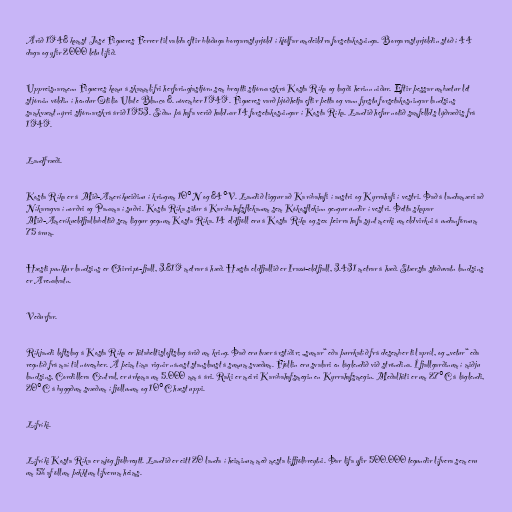
Árið 1948 komst José Figueres Ferrer til valda eftir blóðuga borgarastyrjöld í kjölfar umdeildra forsetakosninga. Borgarastyrjöldin stóð í 44
daga og yfir 2000 létu lífið.

Uppreisnarmenn Figueres komu á skammlífri herforingjastjórn sem breytti stjórnarskrá Kosta Ríka og lagði herinn niður. Eftir þessar umbætur lét
stjórnin völdin í hendur Otilio Ulate Blanco 8. nóvember 1949. Figueres varð þjóðhetja eftir þetta og vann fyrstu forsetakosningar landsins
samkvæmt nýrri stjórnarskrá árið 1953. Síðan þá hafa verið haldnar 14 forsetakosningar í Kosta Ríka. Landið hefur notið samfellds lýðræðis frá
1949.

Landfræði.

Kosta Ríka er á Mið-Ameríkueiðinu í kringum 10°N og 84°V. Landið liggur að Karíbahafi í austri og Kyrrahafi í vestri. Það á landamæri að
Níkaragva í norðri og Panama í suðri. Kosta Ríka situr á Karíbahafsflekanum sem Kókosflekinn gengur undir í vestri. Þetta skapar
Mið-Ameríkueldfjallabeltið sem liggur gegnum Kosta Ríka. 14 eldfjöll eru á Kosta Ríka og sex þeirra hafa sýnt merki um eldvirkni á undanförnum
75 árum.

Hæsti punktur landsins er Chirripó-fjall, 3.819 metrar á hæð. Hæsta eldfjallið er Irazú-eldfjall, 3.431 metrar á hæð. Stærsta stöðuvatn landsins
er Arenalvatn.

Veðurfar.

Ríkjandi loftslag á Kosta Ríka er hitabeltisloftslag árið um kring. Það eru tvær árstíðir; „sumar“ eða þurrkatíð frá desember til apríl, og „vetur“ eða
regntíð frá maí til nóvember. Á þeim tíma rignir nánast stanslaust á sumum svæðum. Fjöllin eru svalari en láglendið við ströndina. Í fjallgarðinum í miðju
landsins, Cordillera Central, er úrkoma um 5.000 mm á ári. Raki er meiri Karíbahafsmegin en Kyrrahafsmegin. Meðalhiti er um 27°C á láglendi,
20°C á byggðum svæðum í fjöllunum og 10°C hæst uppi.

Lífríki.

Lífríki Kosta Ríka er mjög fjölbreytt. Landið er eitt 20 landa í heiminum með mesta líffjölbreytni. Þar lifa yfir 500.000 tegundir lífvera sem eru
um 5% af öllum þekktum lífverum heims.